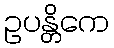
ဥပန္တိကေ